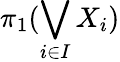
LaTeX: \pi_{1}(\bigvee_{i\in I}X_{i})